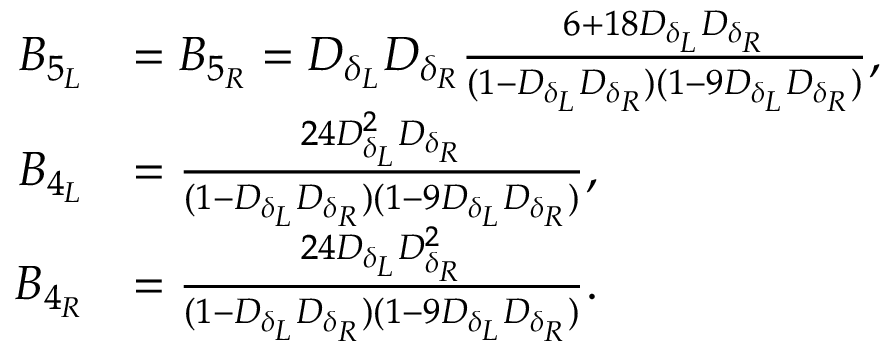
\begin{array} { r l } { B _ { 5 _ { L } } } & { = B _ { 5 _ { R } } = D _ { \delta _ { L } } D _ { \delta _ { R } } \frac { 6 + 1 8 D _ { \delta _ { L } } D _ { \delta _ { R } } } { ( 1 - D _ { \delta _ { L } } D _ { \delta _ { R } } ) ( 1 - 9 D _ { \delta _ { L } } D _ { \delta _ { R } } ) } \mathrm { , } } \\ { B _ { 4 _ { L } } } & { = \frac { 2 4 D _ { \delta _ { L } } ^ { 2 } D _ { \delta _ { R } } } { ( 1 - D _ { \delta _ { L } } D _ { \delta _ { R } } ) ( 1 - 9 D _ { \delta _ { L } } D _ { \delta _ { R } } ) } \mathrm { , } } \\ { B _ { 4 _ { R } } } & { = \frac { 2 4 D _ { \delta _ { L } } D _ { \delta _ { R } } ^ { 2 } } { ( 1 - D _ { \delta _ { L } } D _ { \delta _ { R } } ) ( 1 - 9 D _ { \delta _ { L } } D _ { \delta _ { R } } ) } \mathrm { . } } \end{array}